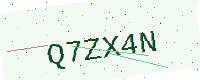
Text: Q7ZX4N